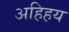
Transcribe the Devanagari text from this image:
अहिहय